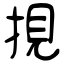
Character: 挸